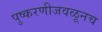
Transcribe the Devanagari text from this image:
पुष्करणीजवळूनच